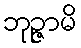
ဘုဉ္ဇာမိ